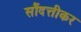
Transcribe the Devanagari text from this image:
सौंदत्तीकर